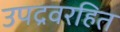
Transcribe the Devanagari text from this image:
उपद्रवरहित